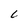
Character: C